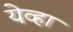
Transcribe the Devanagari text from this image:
येव्हा